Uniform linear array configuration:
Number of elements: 8
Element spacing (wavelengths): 1
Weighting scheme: binomial
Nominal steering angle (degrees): -15
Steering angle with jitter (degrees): -13.147
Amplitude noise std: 0.05
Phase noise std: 0.05

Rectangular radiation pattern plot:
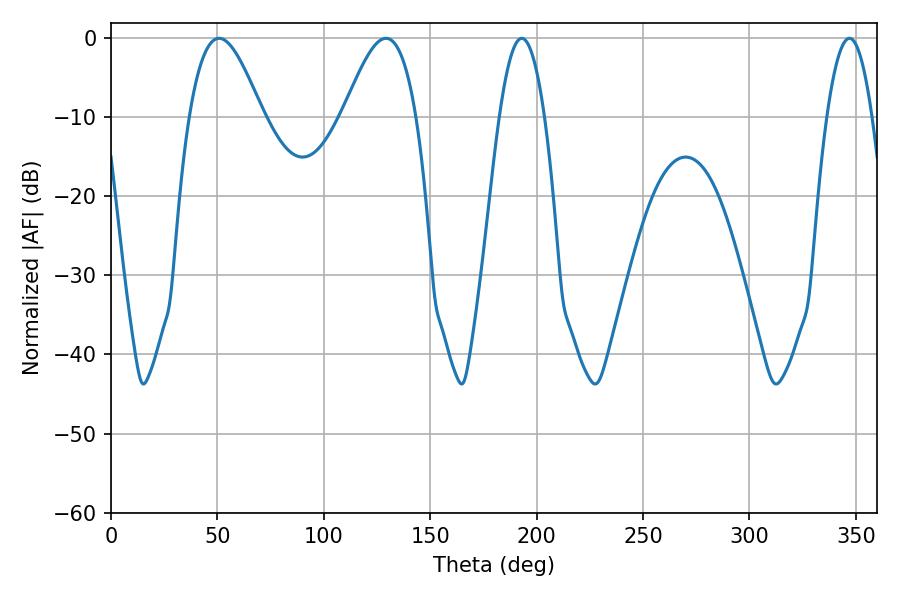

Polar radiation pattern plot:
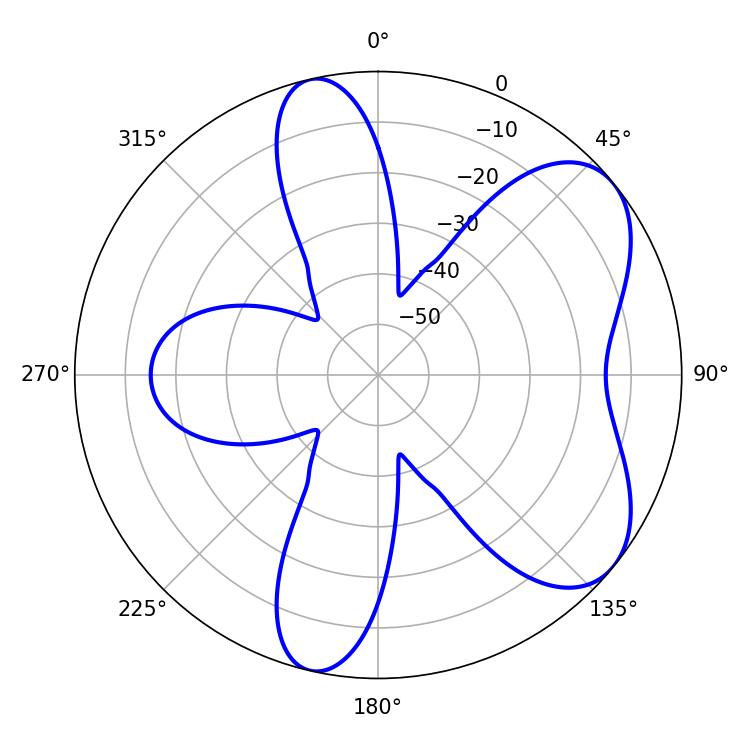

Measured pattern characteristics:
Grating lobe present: TRUE
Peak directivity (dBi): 6.345
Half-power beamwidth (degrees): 18.36
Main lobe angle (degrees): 50.76